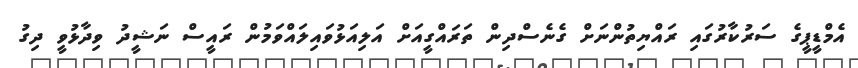
އެމްޑީޕީގެ ސަރުކާރުގައި ރައްޔިތުންނަށް ގެނެސްދިން ތަރައްގީއަށް އަލިއަޅުވައިލައްވަމުން ރައީސް ނަޝީދު ވިދާޅުވީ ދިގު